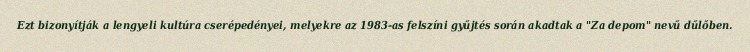
Ezt bizonyítják a lengyeli kultúra cserépedényei, melyekre az 1983-as felszíni gyűjtés során akadtak a "Za depom" nevű dűlőben.